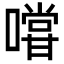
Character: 𭋌